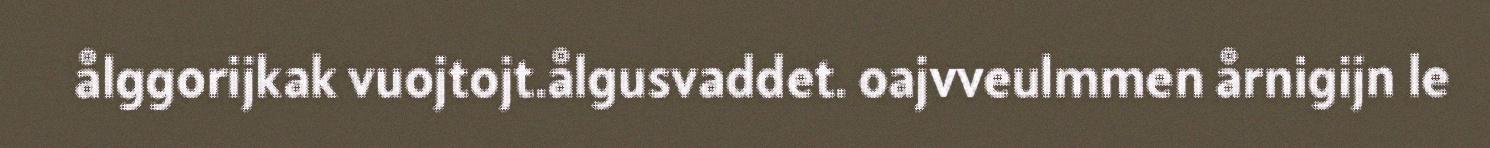
ålggorijkak vuojtojt.ålgusvaddet. oajvveulmmen årnigijn le